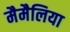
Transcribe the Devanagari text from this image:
मैमैलिया